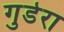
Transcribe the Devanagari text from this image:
गुडेरा